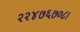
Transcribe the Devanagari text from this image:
२२४७६७०८।